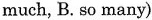
much, B.so many)